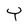
Character: Y